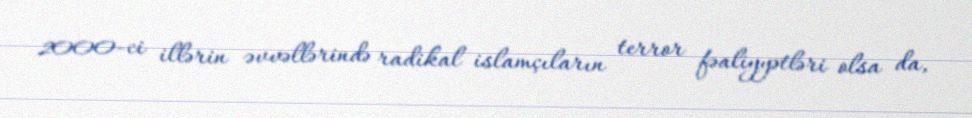
2000-ci illərin əvvəllərində radikal islamçıların terror fəaliyyətləri olsa da,